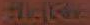
متكاملة